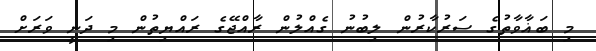
މި ބަޣާވާތުގެ ސަރުކާރުން ލިބުނު ގެއްލުން ރާއްޖޭގެ ރައްޔިތުން މި ދަނީ ވަރަށް